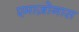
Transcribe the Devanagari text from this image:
एमाज़ोनास